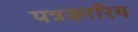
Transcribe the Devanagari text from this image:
पत्रकारिय